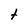
Character: t